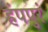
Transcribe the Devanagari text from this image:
हंपपुरं